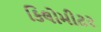
કિલોમીટર